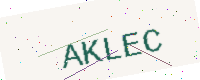
Text: AKLEC